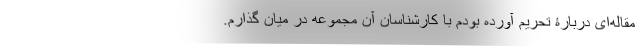
مقاله‌ای دربارۀ تحریم آورده بودم با کارشناسان آن مجموعه در میان گذارم.